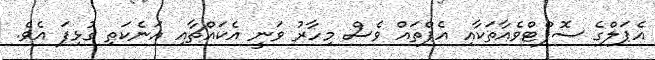
އެޕަލްގެ ސޮފްޓްވެއާތަކާއި އެޕްތައް ވެސް މިހާރު ވަނީ އެކައްޗާއި އަނެކަތި ގުޅިފަ އެވެ.